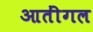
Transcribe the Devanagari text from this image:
आतींगल